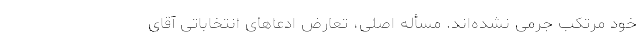
خود مرتکب جرمی نشده‌اند. مسأله اصلی، تعارض ادعاهای انتخاباتی آقای